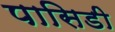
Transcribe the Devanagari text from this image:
पासिडी